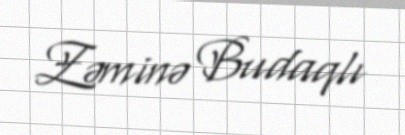
Zəminə Budaqlı